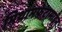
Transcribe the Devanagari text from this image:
मिथामफेटामाइन